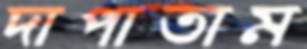
দাপাতাম